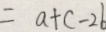
= a + c - 2 b